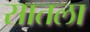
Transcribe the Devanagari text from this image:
सातला